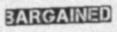
BARGAINED